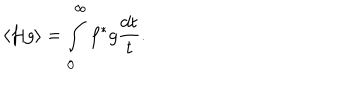
\langle f \vert g \rangle = \int _ { 0 } ^ { \infty } f ^ { * } g \frac { d t } { t } .